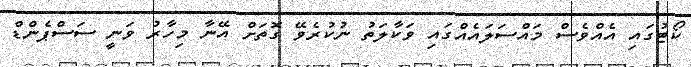
ކޯޓުގައި އެއްވެސް މައްސަލައެއްގައި ވަކާލަތު ނުކުރެވޭ ގޮތަށް އޭނާ މިހާރު ވަނީ ސަސްޕެންޑް